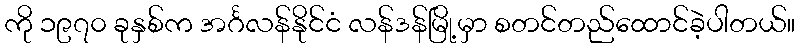
ကို ၁၉၇၀ ခုနှစ်က အင်္ဂလန်နိုင်ငံ လန်ဒန်မြို့မှာ စတင်တည်ထောင်ခဲ့ပါတယ်။